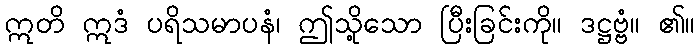
ဣတိ ဣဒံ ပရိသမာပနံ၊ ဤသို့သော ပြီးခြင်းကို။ ဒဋ္ဌဗ္ဗံ။ ၏။